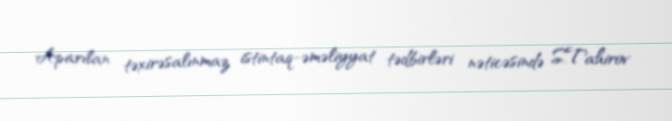
Aparılan təxirəsalınmaz istintaq-əməliyyat tədbirləri nəticəsində S.Tahirov